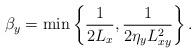
LaTeX: \begin{align*}\beta_y=\min\left\{ \frac{1}{2L_x}, \frac{1}{2\eta_y L_{xy}^2} \right\}.\end{align*}